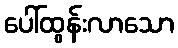
ပေါ်ထွန်းလာသော